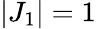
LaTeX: |J_{1}|=1